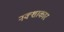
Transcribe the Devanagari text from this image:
नक्शाकार